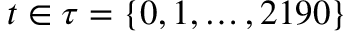
t \in \tau = \{ 0 , 1 , \dots , 2 1 9 0 \}